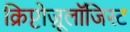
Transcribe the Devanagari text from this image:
क्रिप्टोज़ूलॉजिस्ट